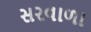
સરવાળા